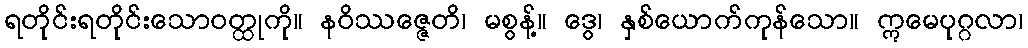
ရတိုင်းရတိုင်းသောဝတ္ထုကို။ နဝိဿဇ္ဇေတိ၊ မစွန့်။ ဒွေ၊ နှစ်ယောက်ကုန်သော။ ဣမေပုဂ္ဂလာ၊